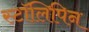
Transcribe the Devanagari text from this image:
स्टॉलिपिन